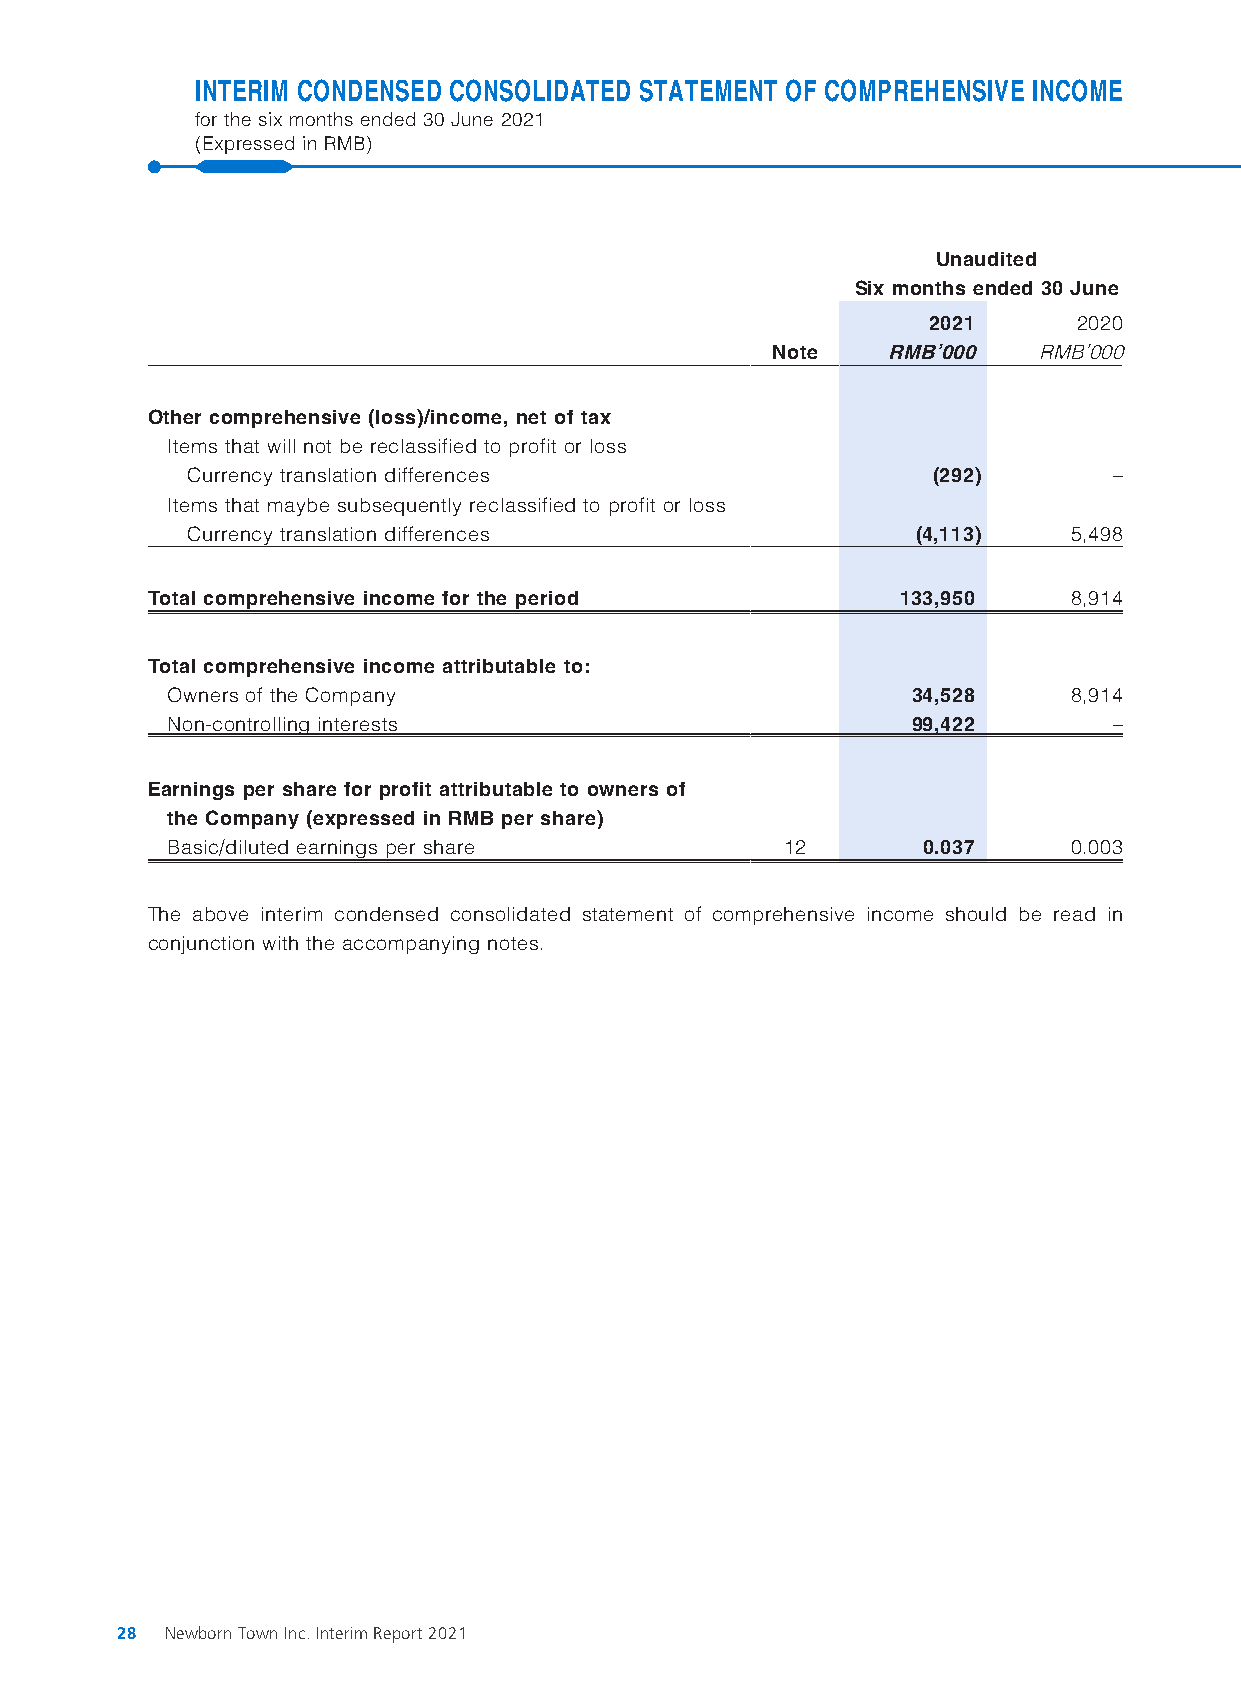
INTERIM CONDENSED CONSOLIDATED STATEMENT OF COMPREHENSIVE INCOME
 for the six months ended 30 June 2021
 (Expressed in RMB)
 Unaudited
 Six months ended 30 June
 2021      2020
 Note    RMB’000   RMB’000
 Other comprehensive (loss)/income, net of tax
 Items that will not be reclassified to profit or loss
 Currency translation differences                  (292)       –
 Items that maybe subsequently reclassified to profit or loss
 Currency translation differences                 (4,113)   5,498
 Total comprehensive income for the period         133,950    8,914
 Total comprehensive income attributable to:
 Owners of the Company                            34,528     8,914
 Non-controlling interests                        99,422        –
 Earnings per share for profit attributable to owners of
 the Company (expressed in RMB per share)
 Basic/diluted earnings per share         12       0.037     0.003
 The above interim condensed consolidated statement of comprehensive income should be read in
 conjunction with the accompanying notes.
 28 Newborn Town Inc. Interim Report 2021